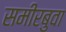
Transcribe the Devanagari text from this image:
समीरबुवा